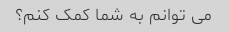
می توانم به شما کمک کنم؟